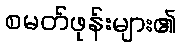
စမတ်ဖုန်းများ၏